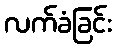
လက်ခံခြင်း